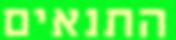
התנאים